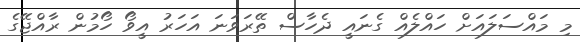
މި މައްސަލައަށް ހައްލެއް ގެނައީ ދެހާސް ތޭރަވަނަ އަހަރު އީވޯ ހޯމުން ރާއްޖޭގެ